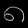
Digit: ၈